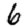
Digit: 6